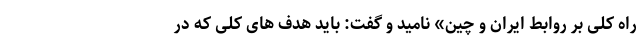
راه کلی بر روابط ایران و چین» نامید و گفت: باید هدف های کلی که در